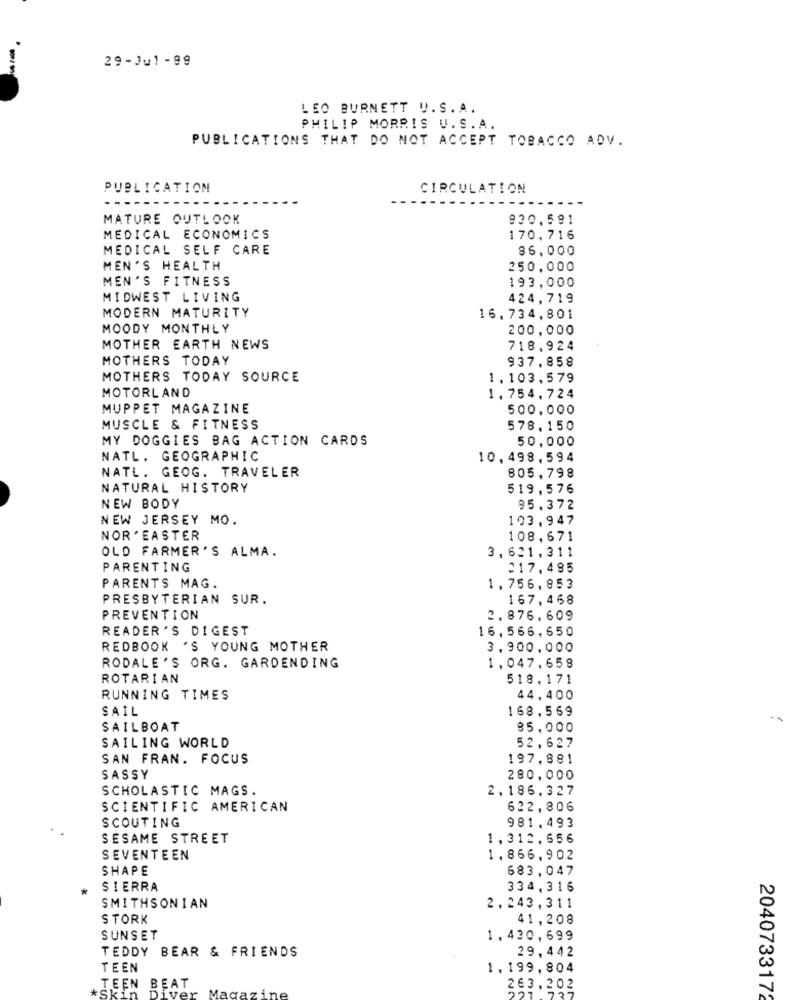
29-Ju1 - 99
LEO BURNETT U.S.A.
PHILIP MORRIS U.S.A.
PUBLICATIONS THAT DO NOT ACCEPT TOBACCO ADV.
PUBLICATION
CIRCULATION
MATURE OUTLOOK
930.581
MEDICAL ECONOMICS
170,716
MEDICAL SELF CARE
86.000
MEN'S HEALTH
250.000
MEN'S FITNESS
193,000
MIDWEST LIVING
424,719
MODERN MATURITY
16.734,801
MOODY MONTHLY
200.000
MOTHER EARTH NEWS
718,924
MOTHERS TODAY
937.858
MOTHERS TODAY SOURCE
1. 103,579
MOTORLAND
1.754.724
MUPPET MAGAZINE
500,000
MUSCLE & FITNESS
578.150
MY DOGGIES BAG ACTION CARDS
50,000
NATL. GEOGRAPHIC
10,498.594
NATL. GEOG. TRAVELER
805,798
NATURAL HISTORY
519,576
NEW BODY
85.372
NEW JERSEY MO.
103,947
NOR ' EASTER
108,671
OLD FARMER'S ALMA.
3,621,311
PARENTING
217,495
PARENTS MAG.
1.756,853
PRESBYTERIAN SUR.
167.468
PREVENTION
2.876.609
READER'S DIGEST
16,566,650
REDBOOK 'S YOUNG MOTHER
3.900.000
RODALE'S ORG. GARDENDING
1,047,658
ROTARIAN
518.171
RUNNING TIMES
44.400
SAIL
168.569
SAILBOAT
85.000
SAILING WORLD
52,627
SAN FRAN. FOCUS
197.881
SASSY
280,000
SCHOLASTIC MAGS.
2,186.327
SCIENTIFIC AMERICAN
622,806
SCOUTING
981.493
SESAME STREET
1,312,656
SEVENTEEN
1,866,902
SHAPE
683,047
SIERRA
334,316
SMITHSONIAN
2,243,311
STORK
41,208
SUNSET
1,430,699
29,442
TEDDY BEAR & FRIENDS
TEEN
1.199, 804
*Sì
TEEN
BEAT
263,202
2040733172
Magaz